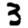
Digit: 3